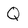
Character: Q